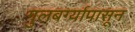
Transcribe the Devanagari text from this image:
गुलबर्ग्यापासून